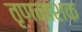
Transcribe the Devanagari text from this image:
तृणनाशक